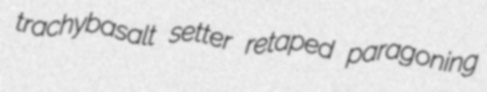
trachybasalt setter retaped paragoning